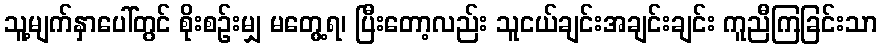
သူ့မျက်နှာပေါ်တွင် စိုးစဉ်းမျှ မတွေ့ရ၊ ပြီးတော့လည်း သူငယ်ချင်းအချင်းချင်း ကူညီကြခြင်းသာ